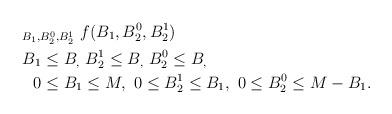
LaTeX: \begin{align*}&_{B_1, B_2^0, B_2^1} \ f(B_1, B_2^0, B_2^1) \\& B_1 \leq B_, \ B_2^1 \leq B_, \ B_2^0 \leq B_, \\ & \ \ 0 \leq B_1 \leq M, \ 0 \leq B_2^1 \leq B_1, \ 0 \leq B_2^0 \leq M- B_1. \end{align*}